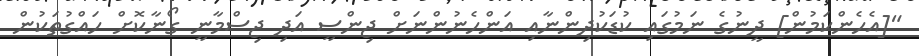
"[އެހެންކަމުން] ދީނުގެ ނަމުގައި ކުޑަކުދިންނާއި އަންހެނުންނަށް ޖިންސީ އަދި ޖިސްމާނީ ގޯނާކޮށް ހައްގުތަކުން